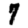
Digit: 7